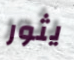
يثور